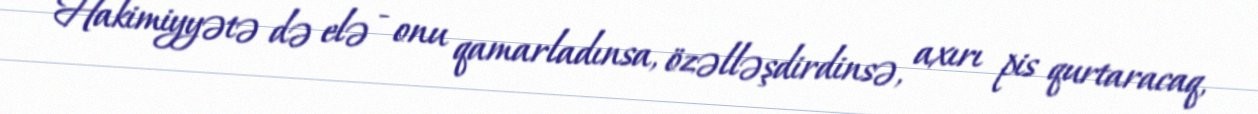
Hakimiyyətə də elə - onu qamarladınsa, özəlləşdirdinsə, axırı pis qurtaracaq,